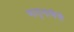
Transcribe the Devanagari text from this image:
मातृभाषेचे